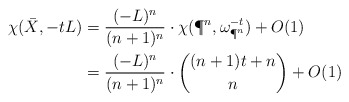
\begin{align*}\chi(\bar X,-tL)&=\frac{(-L)^n}{(n+1)^n}\cdot\chi(\P^n,\omega_{\P^n}^{-t})+O(1)\\&= \frac{(-L)^n}{(n+1)^n}\cdot\binom{(n+1)t+n}{n}+O(1)\end{align*}